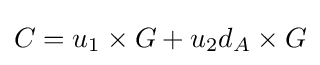
C=u_{1}\times G+u_{2}d_{A}\times G